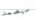
سيصمد